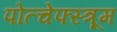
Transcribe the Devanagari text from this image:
पोत्चेफ्स्त्रूम